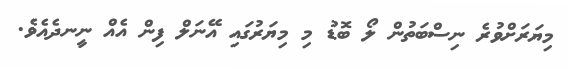
މިޔަރަށްވުރެ ނިސްބަތުން ލޯ ބޮޑު މި މިޔަރުގައި އޭނަލް ފިން އެއް ނީނދެއެވެ.